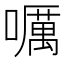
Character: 𡂖